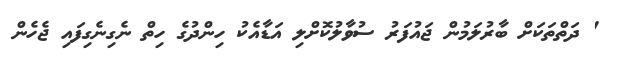
' ދަތްތަކަށް ބާރުލަމުން ޖައުފަރު ސުވާލުކޮށްލި އަޑާއެކު ހިންދުގެ ހިތް ނެގިނެގިފައި ޖެހެން